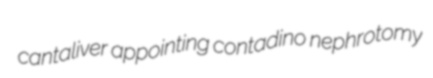
cantaliver appointing contadino nephrotomy